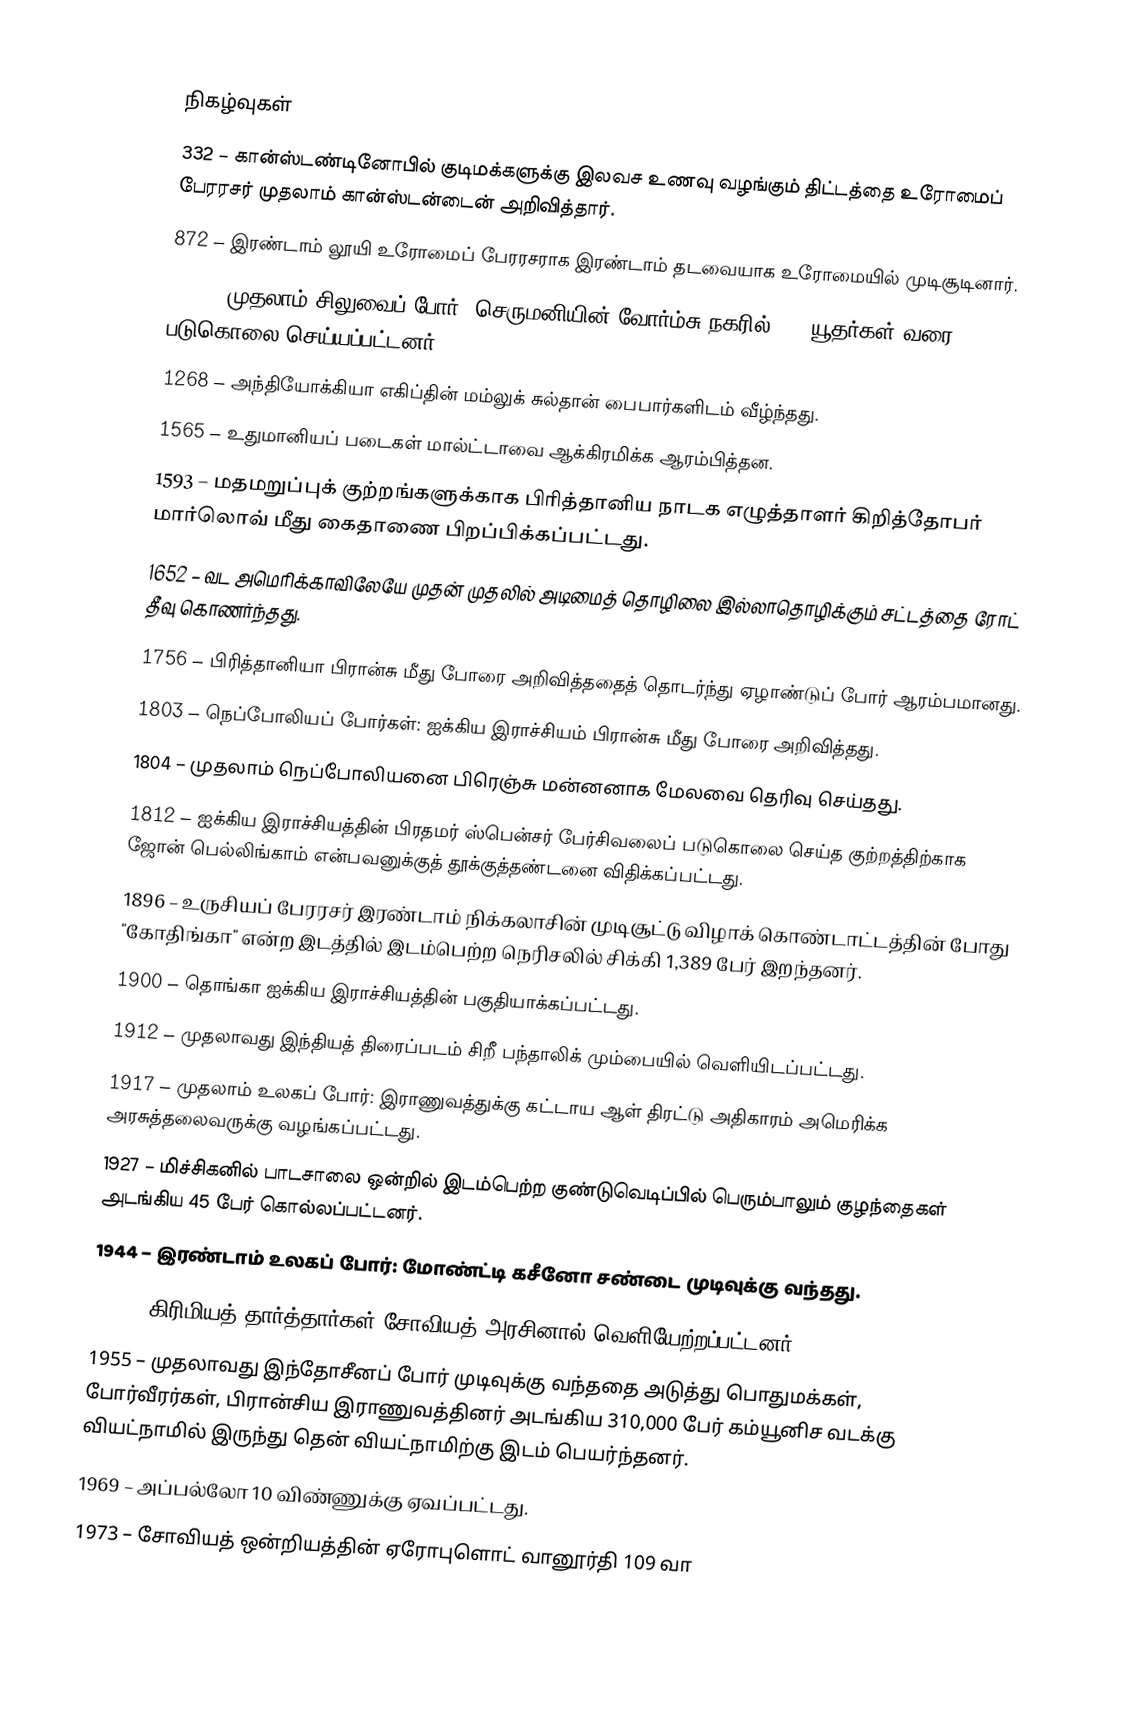

நிகழ்வுகள்
 332 – கான்ஸ்டண்டினோபில் குடிமக்களுக்கு இலவச உணவு வழங்கும் திட்டத்தை உரோமைப் பேரரசர் முதலாம் கான்ஸ்டன்டைன் அறிவித்தார்.
 872 – இரண்டாம் லூயி உரோமைப் பேரரசராக இரண்டாம் தடவையாக உரோமையில் முடிசூடினார்.
1096 – முதலாம் சிலுவைப் போர்: செருமனியின் வோர்ம்சு நகரில் 800 யூதர்கள் வரை படுகொலை செய்யப்பட்டனர்.
1268 – அந்தியோக்கியா எகிப்தின் மம்லுக் சுல்தான் பைபார்களிடம் வீழ்ந்தது.
1565 – உதுமானியப் படைகள் மால்ட்டாவை ஆக்கிரமிக்க ஆரம்பித்தன.
1593 – மதமறுப்புக் குற்றங்களுக்காக பிரித்தானிய நாடக எழுத்தாளர் கிறித்தோபர் மார்லொவ் மீது கைதாணை பிறப்பிக்கப்பட்டது.
1652 – வட அமெரிக்காவிலேயே முதன் முதலில் அடிமைத் தொழிலை இல்லாதொழிக்கும் சட்டத்தை ரோட் தீவு கொணர்ந்தது.
1756 – பிரித்தானியா பிரான்சு மீது போரை அறிவித்ததைத் தொடர்ந்து ஏழாண்டுப் போர் ஆரம்பமானது.
1803 – நெப்போலியப் போர்கள்: ஐக்கிய இராச்சியம் பிரான்சு மீது போரை அறிவித்தது.
1804 – முதலாம் நெப்போலியனை பிரெஞ்சு மன்னனாக மேலவை தெரிவு செய்தது.
1812 – ஐக்கிய இராச்சியத்தின் பிரதமர் ஸ்பென்சர் பேர்சிவலைப் படுகொலை செய்த குற்றத்திற்காக ஜோன் பெல்லிங்காம் என்பவனுக்குத் தூக்குத்தண்டனை விதிக்கப்பட்டது.
1896 – உருசியப் பேரரசர் இரண்டாம் நிக்கலாசின் முடிசூட்டு விழாக் கொண்டாட்டத்தின் போது "கோதிங்கா" என்ற இடத்தில் இடம்பெற்ற நெரிசலில் சிக்கி 1,389 பேர் இறந்தனர்.
1900 – தொங்கா ஐக்கிய இராச்சியத்தின் பகுதியாக்கப்பட்டது.
1912 – முதலாவது இந்தியத் திரைப்படம் சிறீ பந்தாலிக் மும்பையில் வெளியிடப்பட்டது.
1917 – முதலாம் உலகப் போர்: இராணுவத்துக்கு கட்டாய ஆள் திரட்டு அதிகாரம் அமெரிக்க அரசுத்தலைவருக்கு வழங்கப்பட்டது.
1927 – மிச்சிகனில் பாடசாலை ஒன்றில் இடம்பெற்ற குண்டுவெடிப்பில் பெரும்பாலும் குழந்தைகள் அடங்கிய 45 பேர் கொல்லப்பட்டனர்.
1944 – இரண்டாம் உலகப் போர்: மோண்ட்டி கசீனோ சண்டை முடிவுக்கு வந்தது.
1944 – கிரிமியத் தார்த்தார்கள் சோவியத் அரசினால் வெளியேற்றப்பட்டனர்.
1955 – முதலாவது இந்தோசீனப் போர் முடிவுக்கு வந்ததை அடுத்து பொதுமக்கள், போர்வீரர்கள், பிரான்சிய இராணுவத்தினர் அடங்கிய 310,000 பேர் கம்யூனிச வடக்கு வியட்நாமில் இருந்து தென் வியட்நாமிற்கு இடம் பெயர்ந்தனர்.
1969 – அப்பல்லோ 10 விண்ணுக்கு ஏவப்பட்டது.
1973 – சோவியத் ஒன்றியத்தின் ஏரோபுளொட் வானூர்தி 109 வா